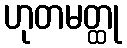
ဟုတမတ္ထု